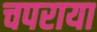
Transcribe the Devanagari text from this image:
चपराया